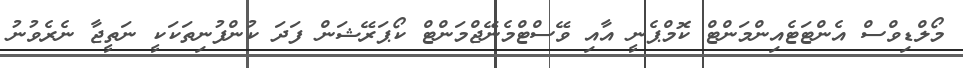
މޯލްޑިވްސް އެންޓަޓެއިންމަންޓް ކޮމްޕެނީ އާއި ވޭސްޓްމެނޭޖްމަންޓް ކޯޕަރޭޝަން ފަދަ ކުންފުނިތަކަކީ ނަތީޖާ ނެރެވުނު